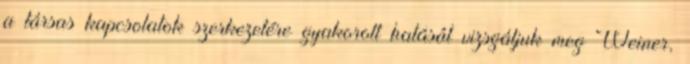
a társas kapcsolatok szerkezetére gyakorolt hatását vizsgáljuk meg Weiner,